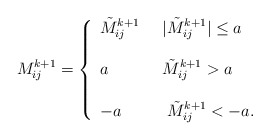
\begin{align*} M^{k+1}_{ij} = \left\{ \begin{array}{lll} \tilde M^{k+1}_{ij}& \;\;\vert \tilde M^{k+1}_{ij}\vert\leq a \\ \\ a & \; \;\tilde M^{k+1}_{ij}> a \\\\ -a &\;\;\; \tilde M^{k+1}_{ij}< -a. \end{array} \right. \end{align*}